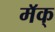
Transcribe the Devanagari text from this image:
मॅक्